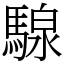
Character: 騡